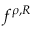
f ^ { { \boldsymbol \rho } , R }